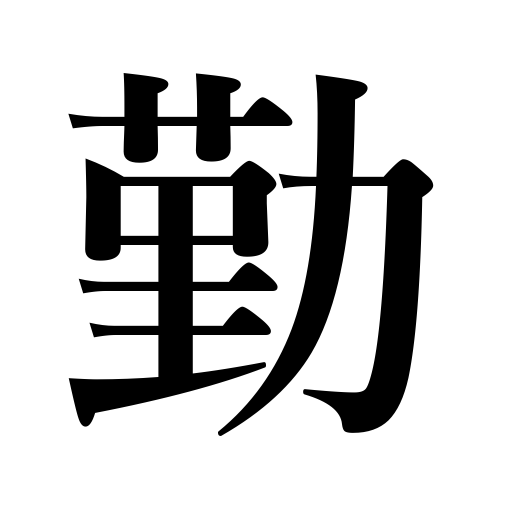
Meanings: restrain oneself,be careful,be fit  be careful,be discreet,be prudent,be moderate,be cautious